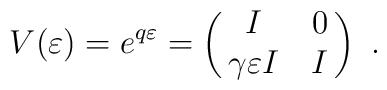
V (\varepsilon) = e^{q \varepsilon} = \pmatrix{I & 0\cr        \gamma \varepsilon I & I\cr}~.